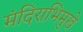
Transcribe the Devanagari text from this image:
मंदिराभिमुखे